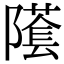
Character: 𨼲